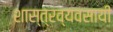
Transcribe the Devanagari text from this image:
शास्त्रव्यवसायी